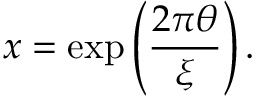
x = \exp \left( \frac { 2 \pi \theta } { \xi } \right) .